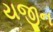
યજીન